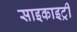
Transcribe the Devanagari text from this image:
साइकाइट्री